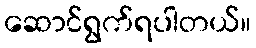
ဆောင်ရွက်ရပါတယ်။